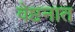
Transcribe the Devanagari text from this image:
वेष्टनात